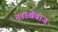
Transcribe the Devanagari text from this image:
तडाखेबाज